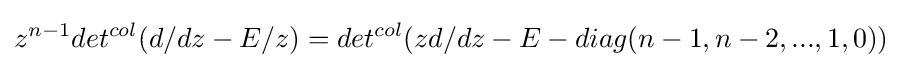
z^{n-1}det^{col}(d/dz-E/z)=det^{col}(zd/dz-E-diag(n-1,n-2,...,1,0))